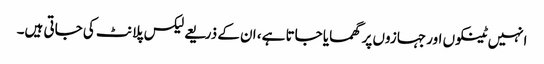
انہیں ٹینکوں اور جہازوں پر گھمایا جاتا ہے، ان کے ذریعے لیکس پلانٹ کی جاتی ہیں۔